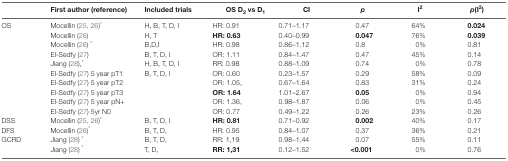
<table><thead><tr><td></td><td><b>First author (reference)</b></td><td><b>Included trials</b></td><td><b>OS D<sub>2</sub> vs D<sub>1</sub></b></td><td><b>CI</b></td><td><b><i>p</i></b></td><td><b>I<sup>2</sup></b></td><td><b><i>p</i>(I<sup>2</sup>)</b></td></tr></thead><tbody><tr><td rowspan="10">OS</td><td>Mocellin (25, 26)*</td><td>H, B, T, D, I</td><td>HR: 0.91</td><td>0.71–1.17</td><td>0.47</td><td>64%</td><td><b>0.024</b></td></tr><tr><td>Mocellin (26)</td><td>H, T</td><td><b>HR: 0.63</b></td><td>0.40–0.99</td><td><b>0.047</b></td><td>76%</td><td><b>0.039</b></td></tr><tr><td>Mocellin (26) *</td><td>B,D,I</td><td>HR: 0.98</td><td>0.86–1.12</td><td>0.8</td><td>0%</td><td>0.81</td></tr><tr><td>El-Sedfy (27)</td><td>B, T, D, I</td><td>OR: 1.11</td><td>0.84–1.47</td><td>0.47</td><td>45%</td><td>0.14</td></tr><tr><td>Jiang (28),*</td><td>H, B, T, D, I</td><td>RR: 0.98</td><td>0.88–1.09</td><td>0.74</td><td>0%</td><td>0.78</td></tr><tr><td>El-Sedfy (27) 5 year pT1</td><td rowspan="5">B, T, D, I</td><td>OR: 0.60</td><td>0.23–1.57</td><td>0.29</td><td>58%</td><td>0.09</td></tr><tr><td>El-Sedfy (27) 5 year pT2</td><td>OR: 1.05,</td><td>0.67–1.64</td><td>0.83</td><td>31%</td><td>0.24</td></tr><tr><td>El-Sedfy (27) 5 year pT3</td><td><b>OR: 1.64</b></td><td>1.01–2.67</td><td><b>0.05</b></td><td>0%</td><td>0.94</td></tr><tr><td>El-Sedfy (27) 5 year pN+</td><td>OR: 1.36,</td><td>0.98–1.87</td><td>0.06</td><td>0%</td><td>0.45</td></tr><tr><td>El-Sedfy (27) 5yr N0</td><td>OR: 0.77</td><td>0.49–1.22</td><td>0.26</td><td>23%</td><td>0.26</td></tr><tr><td>DSS</td><td>Mocellin (25, 26)*</td><td>B, T, D, I</td><td><b>HR: 0.81</b></td><td>0.71–0.92</td><td><b>0.002</b></td><td>40%</td><td>0.17</td></tr><tr><td>DFS</td><td>Mocellin (26)*</td><td>B, T, D,</td><td>HR: 0.95</td><td>0.84–1.07</td><td>0.37</td><td>36%</td><td>0.21</td></tr><tr><td rowspan="2">GCRD</td><td>Jiang (28) *</td><td>B, T, D,</td><td>RR: 1,19</td><td>0.98–1.44</td><td>0.07</td><td>55%</td><td>0.11</td></tr><tr><td>Jiang (28) *</td><td>T, D,</td><td><b>RR: 1,31</b></td><td>0.12–1.52</td><td><b>&lt;</b><b>0.001</b></td><td>0%</td><td>0.76</td></tr></tbody></table>